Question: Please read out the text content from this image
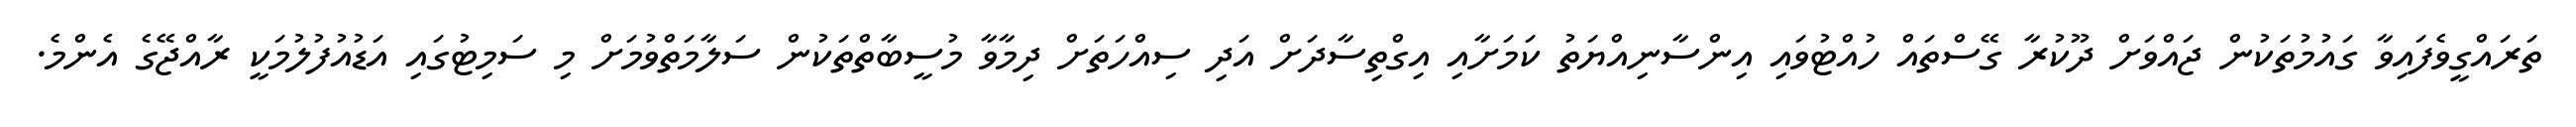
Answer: ތަރައްގީވެފައިވާ ގައުމުތަކުން ޖައްވަށް ދޫކުރާ ގޭސްތައް ހުއްޓުވައި އިންސާނިއްޔަތު ކަމަށާއި އިގްތިސާދަށް އަދި ސިއްހަތަށް ދިމާވާ މުސީބާތްތަކުން ސަލާމަތްވުމަށް މި ސަމިޓުގައި އަޑުއުފުލުމަކީ ރާއްޖޭގެ އެންމެ.